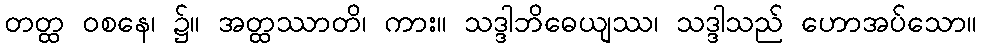
တတ္ထ ဝစနေ၊ ၌။ အတ္ထဿာတိ၊ ကား။ သဒ္ဒါဘိဓေယျဿ၊ သဒ္ဒါသည် ဟောအပ်သော။